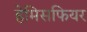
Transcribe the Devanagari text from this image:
हेमिसफियर